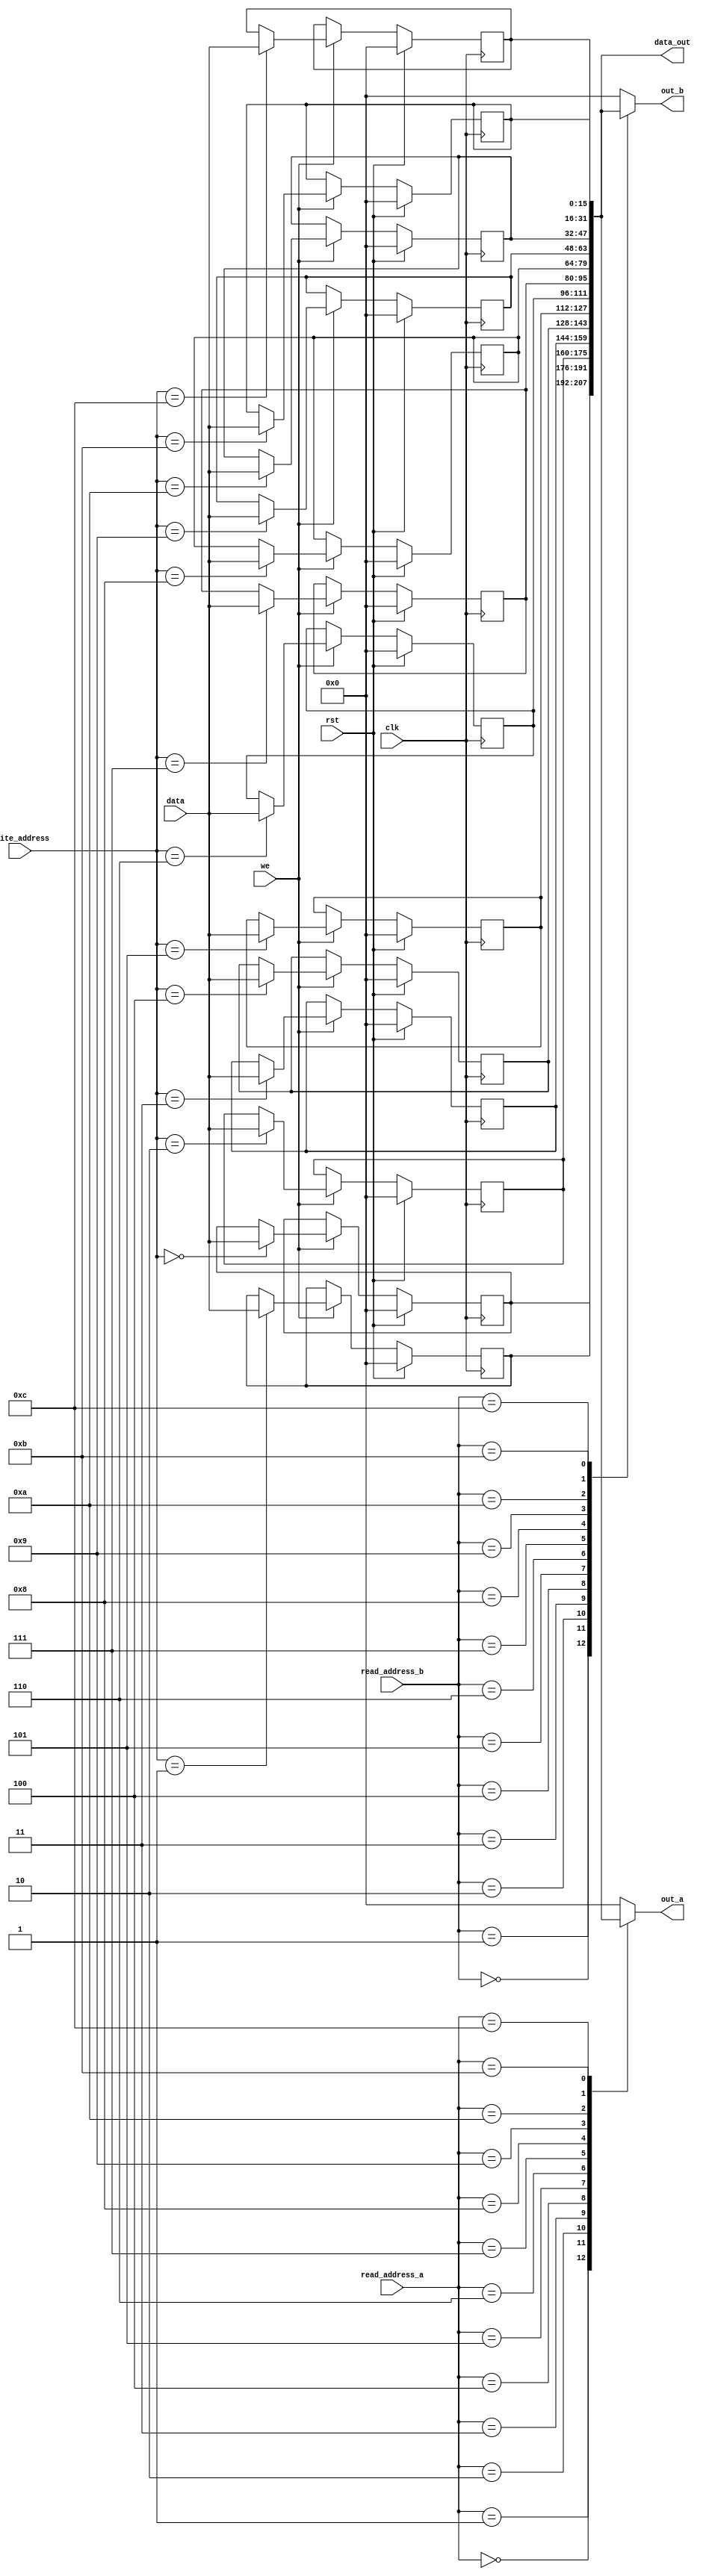
/*
   This file was generated automatically by Alchitry Labs version 1.2.7.
   Do not edit this file directly. Instead edit the original Lucid source.
   This is a temporary file and any changes made to it will be destroyed.
*/

module reg_files_10 (
    input clk,
    input rst,
    input [3:0] write_address,
    input we,
    input [15:0] data,
    input [3:0] read_address_a,
    input [3:0] read_address_b,
    output reg [15:0] out_a,
    output reg [15:0] out_b,
    output reg [207:0] data_out
  );
  
  
  
  reg [15:0] M_p1_score_d, M_p1_score_q = 1'h0;
  reg [15:0] M_p2_score_d, M_p2_score_q = 1'h0;
  reg [15:0] M_light_up_d, M_light_up_q = 1'h0;
  reg [15:0] M_p1_col1_d, M_p1_col1_q = 1'h0;
  reg [15:0] M_p1_col2_d, M_p1_col2_q = 1'h0;
  reg [15:0] M_p1_col3_d, M_p1_col3_q = 1'h0;
  reg [15:0] M_p1_col4_d, M_p1_col4_q = 1'h0;
  reg [15:0] M_p2_col1_d, M_p2_col1_q = 1'h0;
  reg [15:0] M_p2_col2_d, M_p2_col2_q = 1'h0;
  reg [15:0] M_p2_col3_d, M_p2_col3_q = 1'h0;
  reg [15:0] M_p2_col4_d, M_p2_col4_q = 1'h0;
  reg [15:0] M_mini_timer_d, M_mini_timer_q = 1'h0;
  reg [15:0] M_main_timer_d, M_main_timer_q = 1'h0;
  reg [15:0] M_p1_buttonPress_d, M_p1_buttonPress_q = 1'h0;
  reg [15:0] M_p2_buttonPress_d, M_p2_buttonPress_q = 1'h0;
  
  always @* begin
    M_p1_score_d = M_p1_score_q;
    M_light_up_d = M_light_up_q;
    M_p2_col4_d = M_p2_col4_q;
    M_p2_col3_d = M_p2_col3_q;
    M_mini_timer_d = M_mini_timer_q;
    M_p2_score_d = M_p2_score_q;
    M_p1_col1_d = M_p1_col1_q;
    M_p1_col2_d = M_p1_col2_q;
    M_p1_col3_d = M_p1_col3_q;
    M_p1_col4_d = M_p1_col4_q;
    M_main_timer_d = M_main_timer_q;
    M_p2_col2_d = M_p2_col2_q;
    M_p2_col1_d = M_p2_col1_q;
    
    if (we) begin
      
      case (write_address)
        4'h0: begin
          M_p1_score_d = data;
        end
        4'h1: begin
          M_p2_score_d = data;
        end
        4'h2: begin
          M_light_up_d = data;
        end
        4'h3: begin
          M_p1_col1_d = data;
        end
        4'h4: begin
          M_p1_col2_d = data;
        end
        4'h5: begin
          M_p1_col3_d = data;
        end
        4'h6: begin
          M_p1_col4_d = data;
        end
        4'h7: begin
          M_p2_col1_d = data;
        end
        4'h8: begin
          M_p2_col2_d = data;
        end
        4'h9: begin
          M_p2_col3_d = data;
        end
        4'ha: begin
          M_p2_col4_d = data;
        end
        4'hb: begin
          M_mini_timer_d = data;
        end
        4'hc: begin
          M_main_timer_d = data;
        end
      endcase
    end
    
    case (read_address_a)
      4'h0: begin
        out_a = M_p1_score_q;
      end
      4'h1: begin
        out_a = M_p2_score_q;
      end
      4'h2: begin
        out_a = M_light_up_q;
      end
      4'h3: begin
        out_a = M_p1_col1_q;
      end
      4'h4: begin
        out_a = M_p1_col2_q;
      end
      4'h5: begin
        out_a = M_p1_col3_q;
      end
      4'h6: begin
        out_a = M_p1_col4_q;
      end
      4'h7: begin
        out_a = M_p2_col1_q;
      end
      4'h8: begin
        out_a = M_p2_col2_q;
      end
      4'h9: begin
        out_a = M_p2_col3_q;
      end
      4'ha: begin
        out_a = M_p2_col4_q;
      end
      4'hb: begin
        out_a = M_mini_timer_q;
      end
      4'hc: begin
        out_a = M_main_timer_q;
      end
      default: begin
        out_a = 1'h0;
      end
    endcase
    
    case (read_address_b)
      4'h0: begin
        out_b = M_p1_score_q;
      end
      4'h1: begin
        out_b = M_p2_score_q;
      end
      4'h2: begin
        out_b = M_light_up_q;
      end
      4'h3: begin
        out_b = M_p1_col1_q;
      end
      4'h4: begin
        out_b = M_p1_col2_q;
      end
      4'h5: begin
        out_b = M_p1_col3_q;
      end
      4'h6: begin
        out_b = M_p1_col4_q;
      end
      4'h7: begin
        out_b = M_p2_col1_q;
      end
      4'h8: begin
        out_b = M_p2_col2_q;
      end
      4'h9: begin
        out_b = M_p2_col3_q;
      end
      4'ha: begin
        out_b = M_p2_col4_q;
      end
      4'hb: begin
        out_b = M_mini_timer_q;
      end
      4'hc: begin
        out_b = M_main_timer_q;
      end
      default: begin
        out_b = 1'h0;
      end
    endcase
    data_out = {M_p1_score_q, M_p2_score_q, M_light_up_q, M_p1_col1_q, M_p1_col2_q, M_p1_col3_q, M_p1_col4_q, M_p2_col1_q, M_p2_col2_q, M_p2_col3_q, M_p2_col4_q, M_mini_timer_q, M_main_timer_q};
  end
  
  always @(posedge clk) begin
    if (rst == 1'b1) begin
      M_p1_score_q <= 1'h0;
      M_p2_score_q <= 1'h0;
      M_light_up_q <= 1'h0;
      M_p1_col1_q <= 1'h0;
      M_p1_col2_q <= 1'h0;
      M_p1_col3_q <= 1'h0;
      M_p1_col4_q <= 1'h0;
      M_p2_col1_q <= 1'h0;
      M_p2_col2_q <= 1'h0;
      M_p2_col3_q <= 1'h0;
      M_p2_col4_q <= 1'h0;
      M_mini_timer_q <= 1'h0;
      M_main_timer_q <= 1'h0;
      M_p1_buttonPress_q <= 1'h0;
      M_p2_buttonPress_q <= 1'h0;
    end else begin
      M_p1_score_q <= M_p1_score_d;
      M_p2_score_q <= M_p2_score_d;
      M_light_up_q <= M_light_up_d;
      M_p1_col1_q <= M_p1_col1_d;
      M_p1_col2_q <= M_p1_col2_d;
      M_p1_col3_q <= M_p1_col3_d;
      M_p1_col4_q <= M_p1_col4_d;
      M_p2_col1_q <= M_p2_col1_d;
      M_p2_col2_q <= M_p2_col2_d;
      M_p2_col3_q <= M_p2_col3_d;
      M_p2_col4_q <= M_p2_col4_d;
      M_mini_timer_q <= M_mini_timer_d;
      M_main_timer_q <= M_main_timer_d;
      M_p1_buttonPress_q <= M_p1_buttonPress_d;
      M_p2_buttonPress_q <= M_p2_buttonPress_d;
    end
  end
  
endmodule